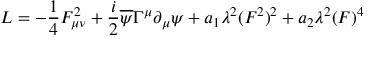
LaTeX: { \cal L } = - { \frac { 1 } { 4 } } F _ { \mu \nu } ^ { 2 } + { \frac { i } { 2 } } \overline { { { \psi } } } \Gamma ^ { \mu } \partial _ { \mu } \psi + a _ { 1 } \lambda ^ { 2 } ( F ^ { 2 } ) ^ { 2 } + a _ { 2 } \lambda ^ { 2 } ( F ) ^ { 4 }